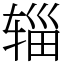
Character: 辎